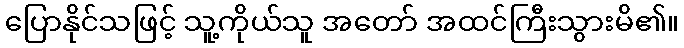
ပြောနိုင်သဖြင့် သူ့ကိုယ်သူ အတော် အထင်ကြီးသွားမိ၏။